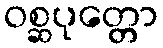
ဝစ္ဆပုတ္တော